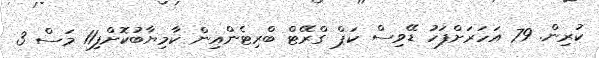
ކުރިން. 79 އަހަރަށްފަހު ޑޭވިސް ކަޕް ގްރޭޓް ބްރިޓެންއިން ކާމިޔާބުކޮށްފި11 މަސް 3